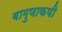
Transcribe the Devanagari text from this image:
बामुणाकयी